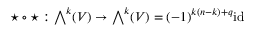
\star \circ \star : { \textstyle \bigwedge } ^ { k } ( V ) \to { \textstyle \bigwedge } ^ { k } ( V ) = ( - 1 ) ^ { k ( n - k ) + q } \mathrm { i d }